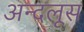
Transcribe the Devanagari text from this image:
अन्दलूस